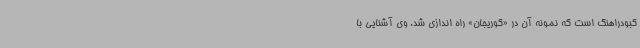
کبودراهنگ است که نمونه آن در «کوریجان» راه اندازی شد. وی آشنایی با